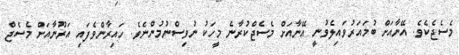
މެސެޖެކެވެ. އޭނާއަށް ބުމައަރުވައިލެވުނީ އޭނާއަށް މެސެޖްކުރާނެ މީހަކު ނުވިސްނުމުންނެވެ. ހައިރާންވެފައި އަރޫނާއަށް މެސެޖް